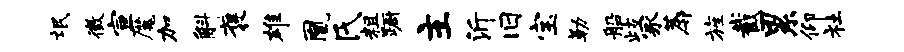
氓徵宣魔加斛褒雄凰氏粗蹰主沂旧宝勒船歧冢蓐旌截累仰社